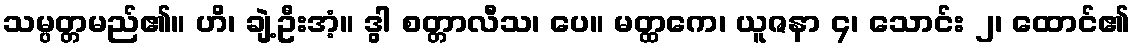
သမ္ပတ္တမည်၏။ ဟိ၊ ချဲ့ဦးအံ့။ ဒွါ စတ္တာလီသ၊ ပေ။ မတ္ထကေ၊ ယူဇနာ ၄၊ သောင်း ၂၊ ထောင်၏